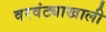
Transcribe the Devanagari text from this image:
वरवंट्याखाली